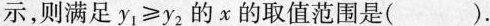
示，则满足$$y _ { 1 } ≥ y _ { 2 }$$的x的取值范围是( ).